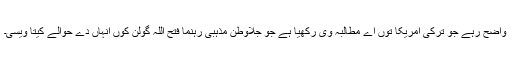
واضح رہے جو ترکی امریکا توں اے مطالبہ وی رکھیا ہے جو جلاوطن مذہبی رہنما فتح اللہ گولن کوں انہاں دے حوالے کیتا ویسی۔